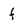
Character: f